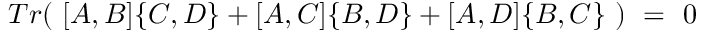
T r ( \ [ A , B ] \{ C , D \} + [ A , C ] \{ B , D \} + [ A , D ] \{ B , C \} \ ) \ = \ 0